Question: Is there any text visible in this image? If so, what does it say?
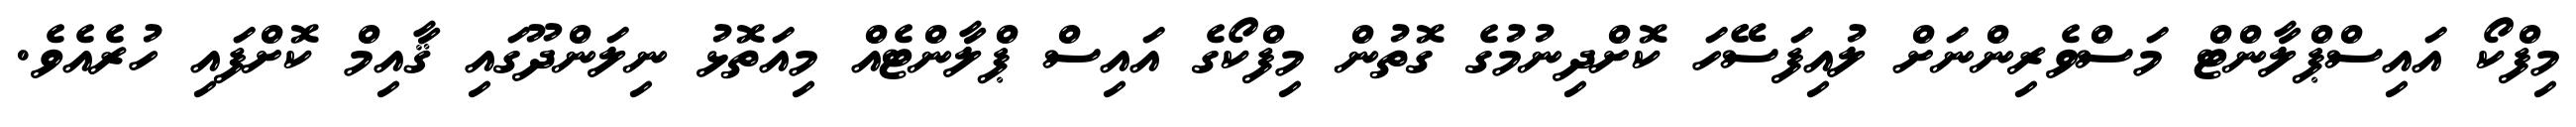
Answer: މިފްކޯ އައިސްޕްލާންޓް މަސްވެރިންނަށް ލުއިފަސޭހަ ކޮށްދިނުމުގެ ގޮތުން މިފްކޯގެ އައިސް ޕްލާންޓެއް މިއަތޮޅު ނިލަންދޫގައި ޤާއިމް ކޮށްފައި ހުރެއެވެ.